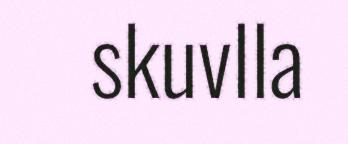
skuvlla